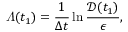
\varLambda ( t _ { 1 } ) = \frac { 1 } { \Delta t } \ln \frac { \mathscr { D } ( t _ { 1 } ) } { \epsilon } ,